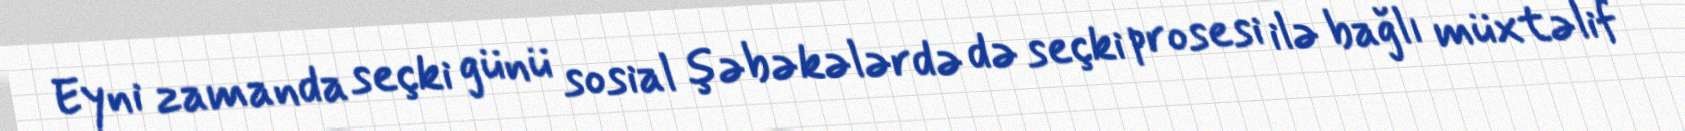
Eyni zamanda seçki günü sosial şəbəkələrdə də seçki prosesi ilə bağlı müxtəlif